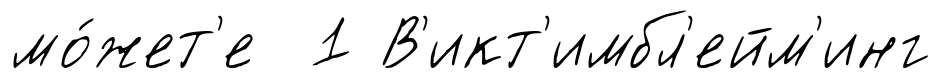
мо́жет'е 1 В'икт'имбл'ейм'инг